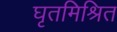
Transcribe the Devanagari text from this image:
घृतमिश्रित